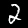
Digit: 2